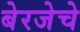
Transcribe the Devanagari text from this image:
बेरजेचे